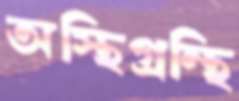
অস্থিগ্রন্থি